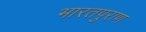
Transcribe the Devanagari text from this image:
भारतपुराण